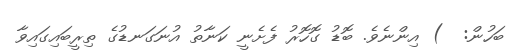
ބަހުން:  ) އިންނެވެ. ބޮޑު ގޮހޮރު ފެށެނީ ކަނާތު އުނަގަނޑުގެ ތިރީބައިގައިވާ